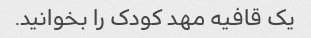
یک قافیه مهد کودک را بخوانید.